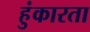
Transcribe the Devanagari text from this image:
हुंकारता